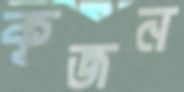
কূজন